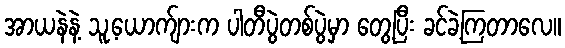
အာယနဲနဲ့ သူ့ယောက်ျားက ပါတီပွဲတစ်ပွဲမှာ တွေ့ပြီး ခင်ခဲ့ကြတာလေ။